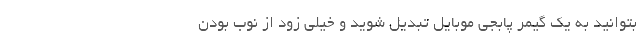
بتوانید به یک گیمر پابجی موبایل تبدیل شوید و خیلی زود از نوب بودن